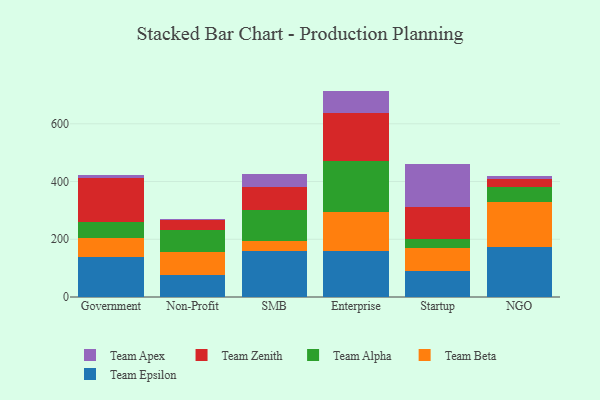
{"axis": {"x": "Segment", "y": "Active Users"}, "legend": ["Team Alpha", "Team Apex", "Team Beta", "Team Epsilon", "Team Zenith"], "data": [{"x": "Government", "y": 137.6, "type": "Team Epsilon"}, {"x": "Government", "y": 66.5, "type": "Team Beta"}, {"x": "Government", "y": 55.1, "type": "Team Alpha"}, {"x": "Government", "y": 154.6, "type": "Team Zenith"}, {"x": "Government", "y": 8.7, "type": "Team Apex"}, {"x": "Non-Profit", "y": 75.5, "type": "Team Epsilon"}, {"x": "Non-Profit", "y": 81.9, "type": "Team Beta"}, {"x": "Non-Profit", "y": 74.9, "type": "Team Alpha"}, {"x": "Non-Profit", "y": 32.9, "type": "Team Zenith"}, {"x": "Non-Profit", "y": 5.4, "type": "Team Apex"}, {"x": "SMB", "y": 158.5, "type": "Team Epsilon"}, {"x": "SMB", "y": 35.3, "type": "Team Beta"}, {"x": "SMB", "y": 106.2, "type": "Team Alpha"}, {"x": "SMB", "y": 80.6, "type": "Team Zenith"}, {"x": "SMB", "y": 46.0, "type": "Team Apex"}, {"x": "Enterprise", "y": 159.0, "type": "Team Epsilon"}, {"x": "Enterprise", "y": 137.1, "type": "Team Beta"}, {"x": "Enterprise", "y": 174.2, "type": "Team Alpha"}, {"x": "Enterprise", "y": 168.6, "type": "Team Zenith"}, {"x": "Enterprise", "y": 75.3, "type": "Team Apex"}, {"x": "Startup", "y": 89.6, "type": "Team Epsilon"}, {"x": "Startup", "y": 79.6, "type": "Team Beta"}, {"x": "Startup", "y": 33.3, "type": "Team Alpha"}, {"x": "Startup", "y": 108.2, "type": "Team Zenith"}, {"x": "Startup", "y": 148.9, "type": "Team Apex"}, {"x": "NGO", "y": 172.8, "type": "Team Epsilon"}, {"x": "NGO", "y": 156.3, "type": "Team Beta"}, {"x": "NGO", "y": 50.7, "type": "Team Alpha"}, {"x": "NGO", "y": 27.6, "type": "Team Zenith"}, {"x": "NGO", "y": 13.3, "type": "Team Apex"}]}